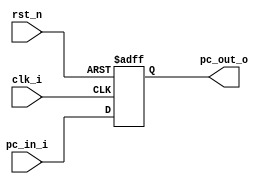
module Program_Counter (
    clk_i,
    rst_n,
    pc_in_i,
    pc_out_o
);

  //I/O ports
  input clk_i; //input clock signal, triggering changes based on its clock edges (rising or falling)
  input rst_n; //reset signal. It's used to reset the state of the circuit to a known condition
  input [32-1:0] pc_in_i;// the value to be loaded into the program counter
  output [32-1:0] pc_out_o; //the current value of the program counter

  //Internal Signals
  reg [32-1:0] pc_out_o; //reg doesn't necessarily mean it's a physical register, it's just an element that can hold a value

  //Main function
  //Defines a block of code that gets evaluated every time there is a positive edge in the clock signal. If the reset signal is active, the program counter output is reset to 0, or gets updated with the new value from the input.
  always @(posedge clk_i or negedge rst_n) begin 
    if (~rst_n) pc_out_o <= 0;
    else pc_out_o <= pc_in_i;
  end

endmodule